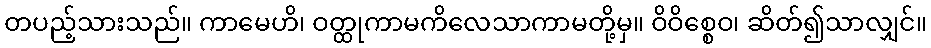
တပည့်သားသည်။ ကာမေဟိ၊ ဝတ္ထုကာမကိလေသာကာမတို့မှ။ ဝိဝိစ္စေဝ၊ ဆိတ်၍သာလျှင်။